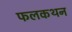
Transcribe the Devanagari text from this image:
फलकथन